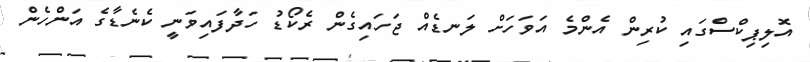
އޮލިޕިކްސްގައި ކުރިން އެންމެ އަވަހަށް ލަނޑެއް ޖަހައިގެން ރެކޯޑު ހަދާފައިވަނީ ކެނެޑާގެ އަންހެން